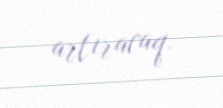
artıracaq.